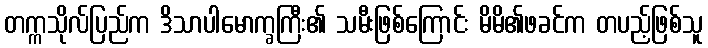
တက္ကသိုလ်ပြည်က ဒိသာပါမောက္ခကြီး၏ သမီးဖြစ်ကြောင်း မိမိ၏ဖခင်က တပည့်ဖြစ်သူ